Statistical return of the lunatic asylum in Assam - 1912-1932
Year: 1912
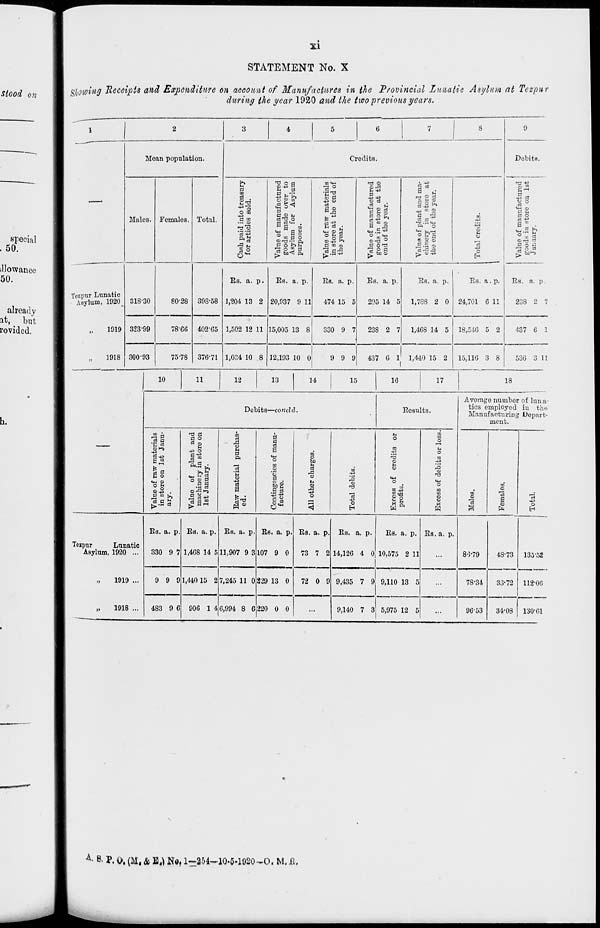
XI
STATEMENT No. X
mowing Receipts and Expenditure on account of Manufactures in the Provincial Lunatic Asylum at Tezpur
during the year 1920 and the two previous years.
Moan population.
Males. Females.
Tezpur Lunatic
ABylum, 1920
1919
1918
318-30
323-S9
300-93
80-28
78-66
Total.
Credits.
Dobits.
t>»
H
«
to
3 gj-j
u2
O to
■**
°<3
DO
c3,
O
o
to«w
H3 o
«"£
"3 °
&JA
anufactur
de over
or Asylu
Is
mufactur
tore at t
year.
ant and m
n store
the year.
S
to
««
a 4!
o
H oo
e of ra
tore at
year.
_ to o
O
m
fflrQ °
.ue of pi
iuery i
o end of
PJ o bC/
\2 to gj
0 Ofl
■305P
5 bo -^ P«
"3 c^
"3 P a
i~ too
>T3
o
VI
O
398-58
402-65
75-78 376-71
Es. a. p.
1,204 13 2
1,502 12 11
1,004 10 8
Es. a. p.
20,937 9 11
15,005 13 8
12,193 10 0
Es. a. p.
474 15 5
330 9 7
Es. a. p.
295 14 5
Es. a. p.
1,788 2 0
Es. a. p.
24,701 6 11
238 2 7
1,468 14 5
9 9 9
437 0 1' 1,440 15 2
18,516 5 2
15,116 3 8
Ja
■3 p a
to 1-5
Es. a. p.
238
437 6 1
536 3 11
10
11
12
13
14
15
16
17
18
Debits—concld.
Eesults.
■3*
o >-s
B to
plant and
in store on
y-
to
1 a
M
a
ft
a
a
I
o
00*
o
to
o
00
o
Value of raw
in store on ]
ary.
3
to
o
§
■
Value of
machinery
1st Januar
B o
-R
a
5
a
.5 1
J3 4a
6^
,3
O
t-t
o
•+»
o
<
09
"3
o
H
Excess of
profits.
m
o
o
CM
O
o u
(-1
Average number of luna-
tics employed in the
Manufacturing Depart-
ment.
00
09
to
o
"3
a a
o
H
Testpur
Lunatic
ABylum, 1920 ...
1919 ...
1918 ...
Es. a. p.
330 9 7
9 9 9
483 9 6
Es. a. p.
1,468 14 5
1,440 15 2
906 1 4
Es. a. p
11,907 9 3
7,245 11 0
6,994 8 G
Es. a. p
107 9 0
229 13 0
Es. a. p.
73 7 2
72 0 9
220 0 0
Es. a. p.
Es. a. p.
14,126 4 0 10,575 2 11
9,435 7 9 9,110 13 5
9,140 7 3 5,975 12 5
Es. a. p.
86-79
78-34
96-53
48-73
135-52
33-72
112-06
34-08
130-61
A - & P. i>. (M, & B^ No, 1—254-10-5.1920-0. M, JR.